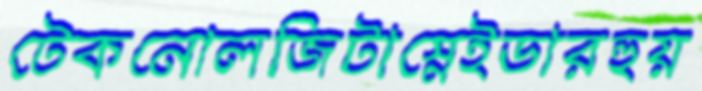
টেকনোলজিটাস্নেইডারহুয়